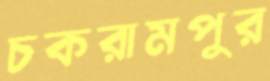
চকরামপুর